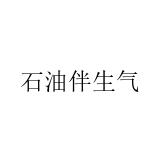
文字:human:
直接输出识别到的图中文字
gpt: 石油伴生气